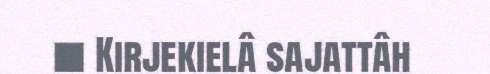
■ Kirjekielâ sajattâh